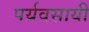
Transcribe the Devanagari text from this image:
पर्यवसायी